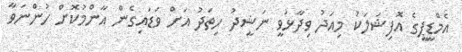
އެމްޑީޕީގެ އޮފިޝަލަކު މިއަދު ވިދާޅުވީ ނަޝީދު ހިތަދު އަށް ވަޑައިގެން އާންމުކޮށް ހުންނަވާ